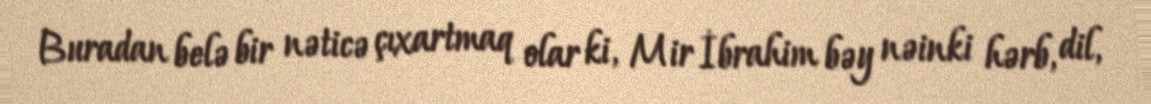
Buradan belə bir nəticə çıxartmaq olar ki, Mir İbrahim bəy nəinki hərb, dil,